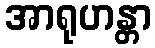
အာရုဟန္တာ